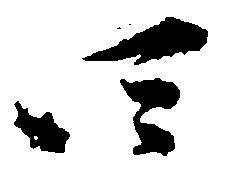
四